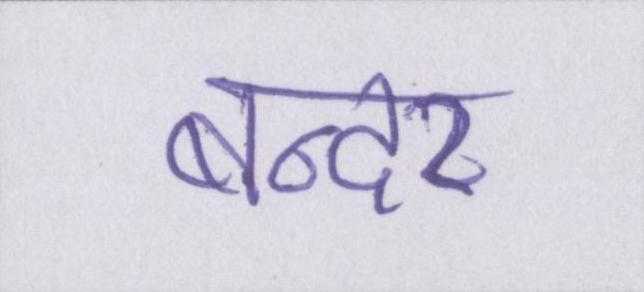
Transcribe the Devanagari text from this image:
बन्दर